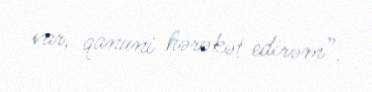
var, qanuni hərəkət edirəm”.